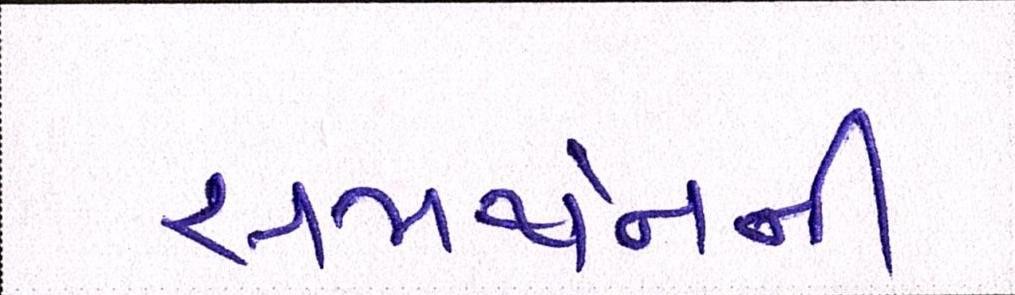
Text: સમર્થનની